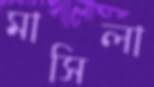
মাসিলা